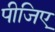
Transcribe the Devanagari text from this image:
पीजिए